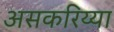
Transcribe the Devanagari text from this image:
असकरिय्या